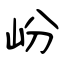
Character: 岎